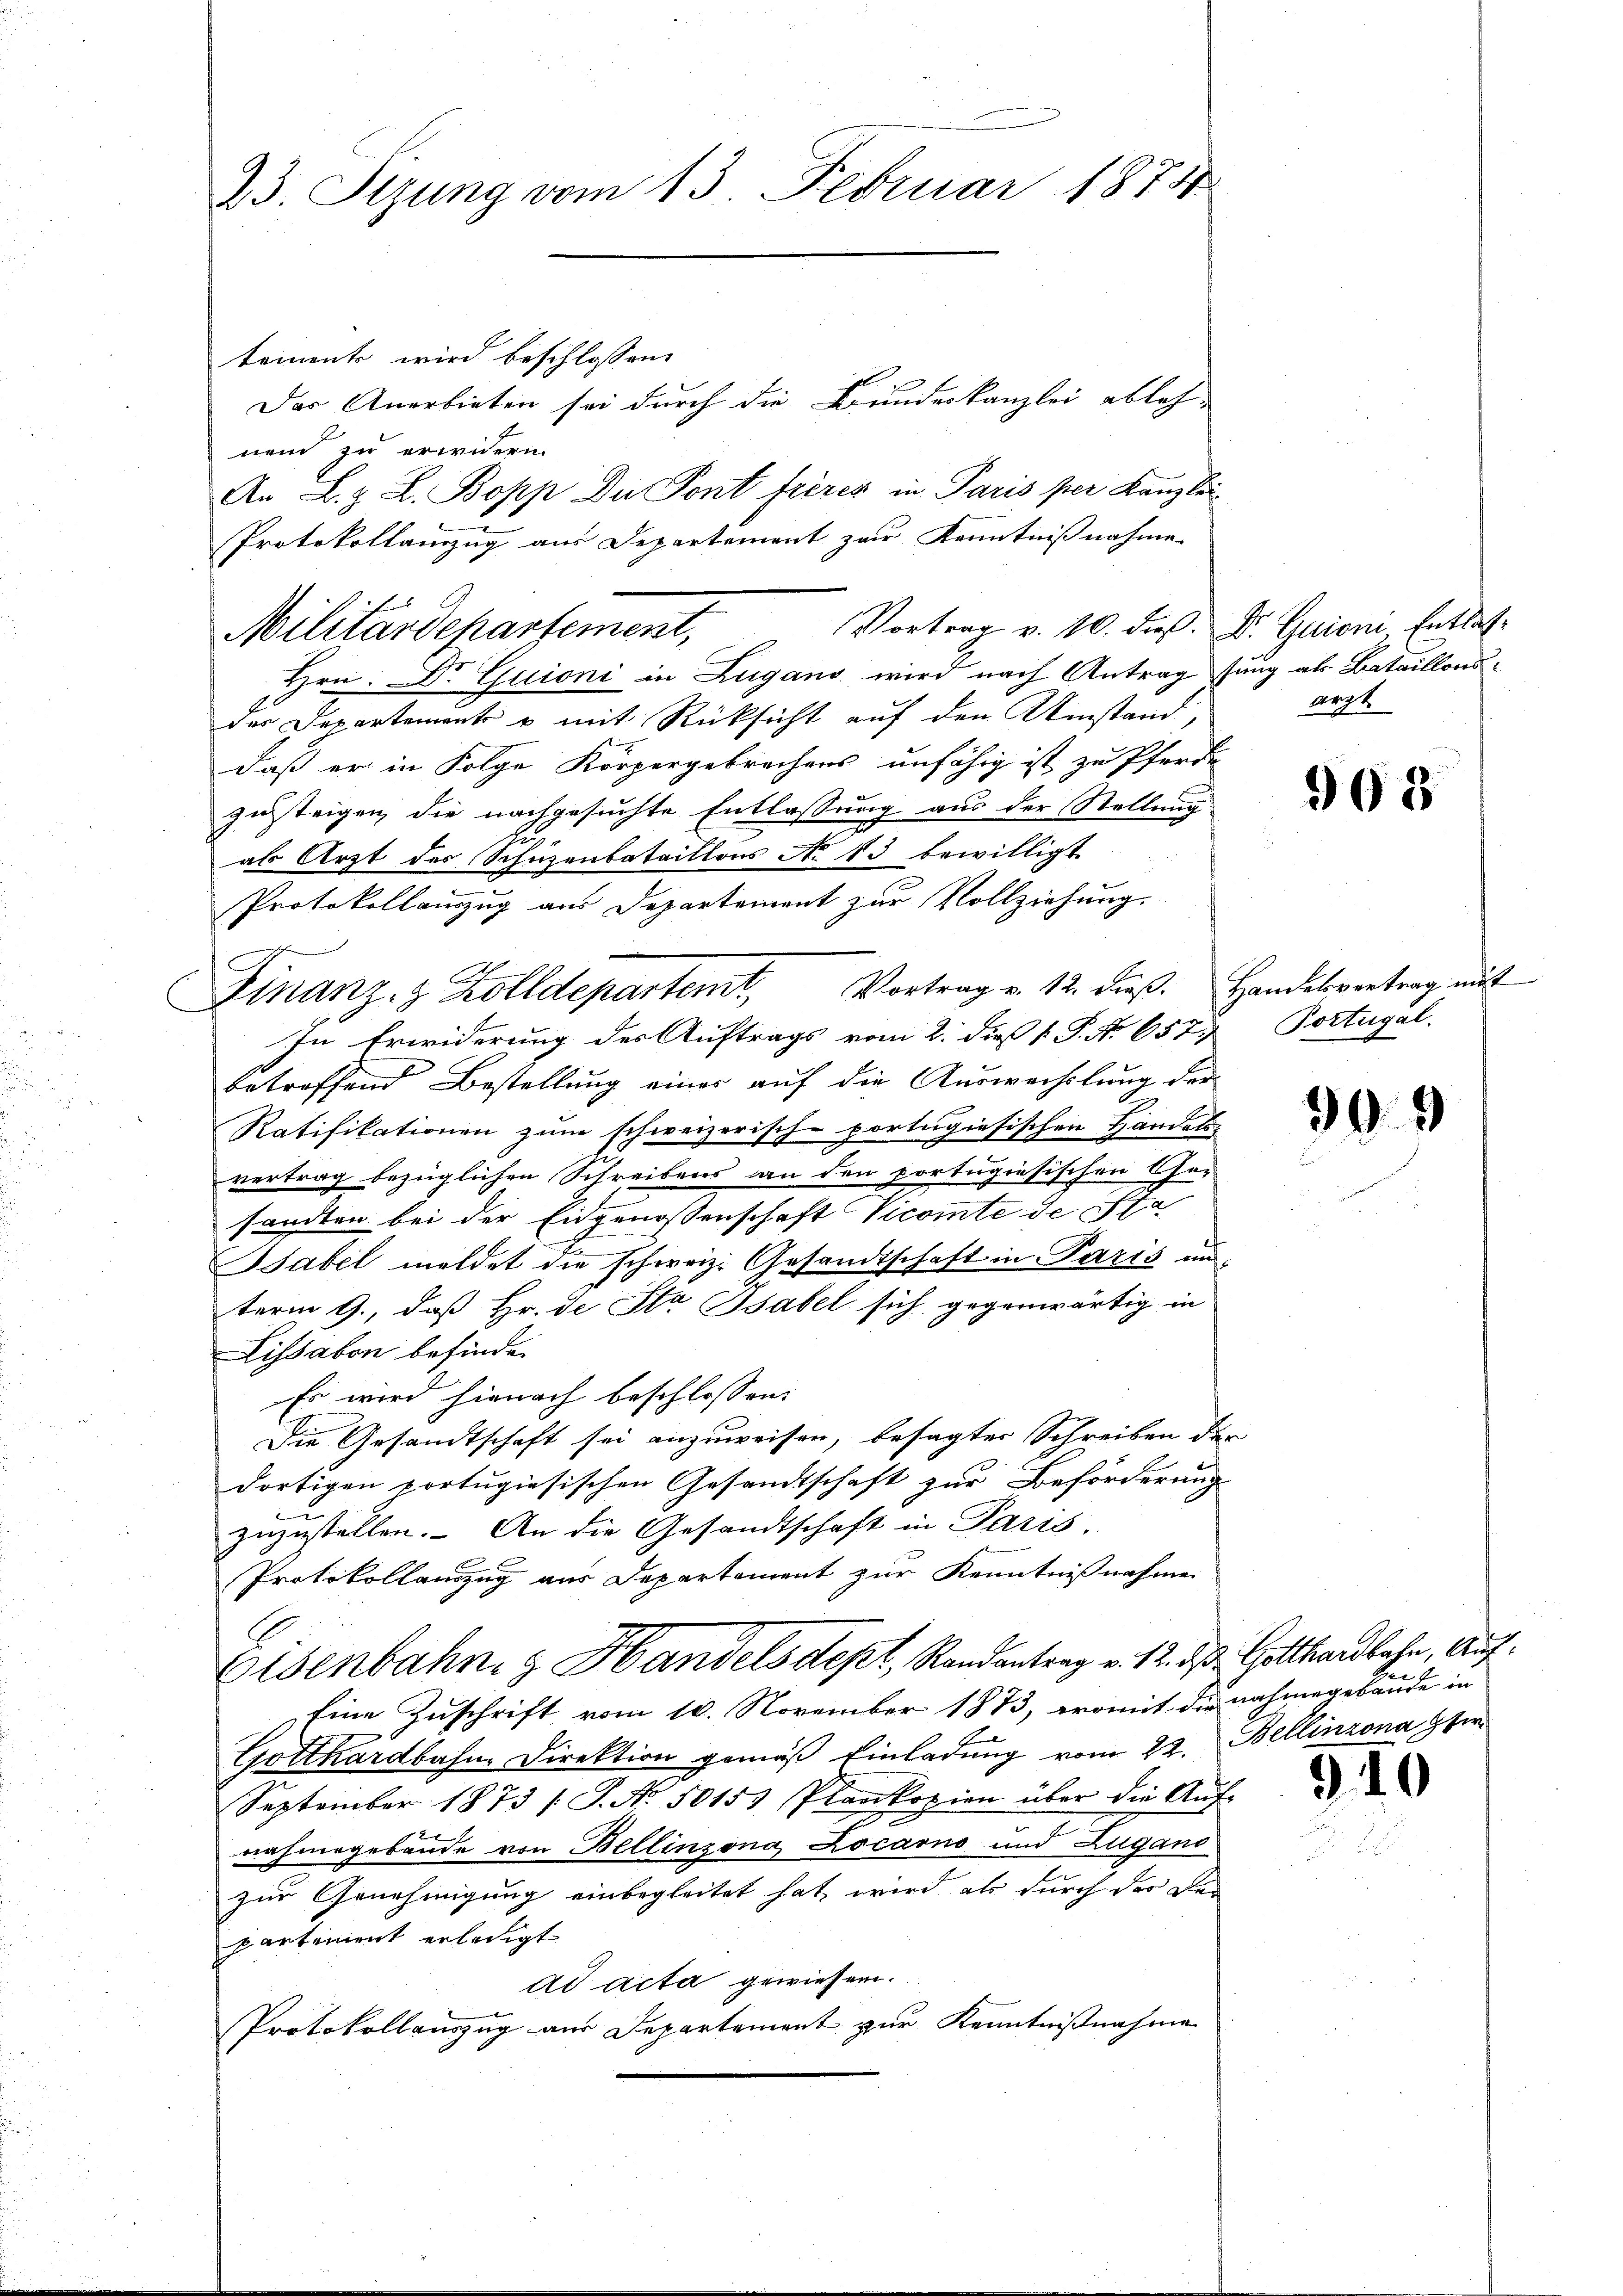
23. Stzung vom 13. Februar 1874

tements wird beschlossene
Das Anerbieten sei durch die Bundeskanzlei ableh-
nend zu erwidern.
An L. Z. L. Bopp Du Pont frères in Paris per Kanzlei
Protokollamzug aus Departement zur Kenntnißnahme
Vortrag v. 10. dieß. Dr. Guion, Entlas¬
Hrn. Dr Guioni in Zugano wird nach Antrag jung als Bataillons-
der Departement & mit Rücksicht auf den Umstand,
daß er in Folge Körpergebrachens unfähig ist zu Pferde
zusteigen, die nachgesuchte Entlassung aus der Stellung
al Arzt des Schüzenbataillons No 13 bewilligt
Protokollauszug aus Departement zur Vollziehung.
n
Finanz- & Zolldepartemt, Vortrag v. 12. dieβ. Handesvortrag mit
In Erwiderung des Auftrags vom 2. dieß 1. P. Nr. 657. Portugal.
betreffend Bestellung einer auf die Auswechslung der
Ratifikationen zum schweizerisch-portugisischen Handels
vertrag bezüglichen Schreibens an den portugisischen Ge-
sandten bei der Eidgenossenschaft Vicomte de Sta
Babel meldet die schweiz. Gesandtschaft in Paris unterm 9., daß Hr. de Sta Bsabel sich gegenwärtig in
Lissabon befinde.
Es wird hienach beschlossen:
Die Gesandtschaft sei anzuweisen, besagter Schreiben der
dortigen portugisischen Gesandtschaft zur Beförderung
zuzustellen. An die Gesandtschaft in Paris.
Protokollamzug aus Departement zur Kenntnißnahme
Eisenbahn z. Handelsdept, Randantrag v. 12. d. Gotthardbahn, Auf¬
Eine Zuschrift vom 10. November 1873, womit die nahmegebäude in
Gotthardbahn Direktion gemäß Einladung vom 22. Bellinzona per
September 1873 / P. Nr. 50153 Plankopien über die Aŭf-
nahmegebäude von Bellinzona, Locarno und Zugano
zur Genehmigung einbegleitet hat, wird als durch des der
partement erledigt
ad acta gewiesen.
Protokollauszug aus Departement zur Kenntnißnahme

Militärdepartement,

arzt.

908

399

940